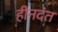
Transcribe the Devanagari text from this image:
हीनदंत